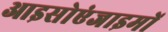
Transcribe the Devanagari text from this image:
आइसोएंजाइमों